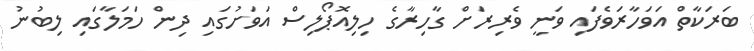
ބަރަކާތް އަވަހާރަވެފައި ވަނީ ވެރިރަށް ގާހިރާގެ ހިލިއޮޕޯލިސް އަވަށުގައި ދިން ހަމަލާގައި ލިބުނު